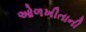
ઓળખીતાની